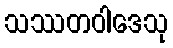
သဿတဝါဒေသု